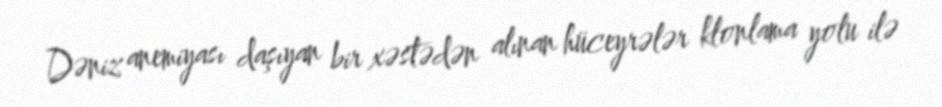
Dəniz anemiyası daşıyan bir xəstədən alınan hüceyrələr klonlama yolu ilə